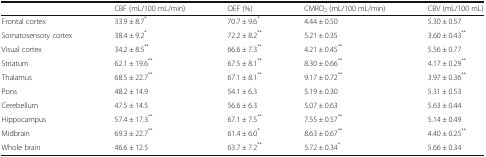
<table><thead><tr><td></td><td><b>CBF (mL/100 mL/min)</b></td><td><b>OEF (%)</b></td><td><b>CMRO<sub>2</sub> (mL/100 mL/min)</b></td><td><b>CBV (mL/100 mL)</b></td></tr></thead><tbody><tr><td>Frontal cortex</td><td>33.9 ± 8.7<sup>*</sup></td><td>70.7 ± 9.6<sup>*</sup></td><td>4.44 ± 0.50</td><td>5.30 ± 0.57</td></tr><tr><td>Somatosensory cortex</td><td>38.4 ± 9.2<sup>*</sup></td><td>72.2 ± 8.2<sup>**</sup></td><td>5.21 ± 0.35</td><td>3.60 ± 0.43<sup>**</sup></td></tr><tr><td>Visual cortex</td><td>34.2 ± 8.5<sup>**</sup></td><td>66.6 ± 7.3<sup>**</sup></td><td>4.21 ± 0.45<sup>**</sup></td><td>5.56 ± 0.77</td></tr><tr><td>Striatum</td><td>62.1 ± 19.6<sup>**</sup></td><td>67.5 ± 8.1<sup>**</sup></td><td>8.30 ± 0.66<sup>**</sup></td><td>4.17 ± 0.29<sup>**</sup></td></tr><tr><td>Thalamus</td><td>68.5 ± 22.7<sup>**</sup></td><td>67.1 ± 8.1<sup>**</sup></td><td>9.17 ± 0.72<sup>**</sup></td><td>3.97 ± 0.36<sup>**</sup></td></tr><tr><td>Pons</td><td>48.2 ± 14.9</td><td>54.1 ± 6.3</td><td>5.19 ± 0.30</td><td>5.31 ± 0.53</td></tr><tr><td>Cerebellum</td><td>47.5 ± 14.5</td><td>56.6 ± 6.3</td><td>5.07 ± 0.63</td><td>5.63 ± 0.44</td></tr><tr><td>Hippocampus</td><td>57.4 ± 17.3<sup>**</sup></td><td>67.1 ± 7.5<sup>**</sup></td><td>7.55 ± 0.57<sup>**</sup></td><td>5.14 ± 0.49</td></tr><tr><td>Midbrain</td><td>69.3 ± 22.7<sup>**</sup></td><td>61.4 ± 6.0<sup>*</sup></td><td>8.63 ± 0.67<sup>**</sup></td><td>4.40 ± 0.25<sup>**</sup></td></tr><tr><td>Whole brain</td><td>46.6 ± 12.5</td><td>63.7 ± 7.2<sup>**</sup></td><td>5.72 ± 0.34<sup>*</sup></td><td>5.66 ± 0.34</td></tr></tbody></table>